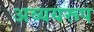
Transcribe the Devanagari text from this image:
अव्ययरूप